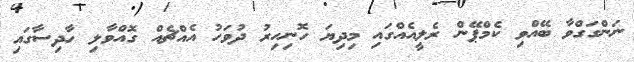
ނަންގަގްވާ ބޭއްވި ކެމްޕޭން ރެލީއެއްގައި މިދިޔަ ހޮނިހިރު ދުވަހު އެއްޗެއް ގޮއްވާލި ހާދިސާގައި